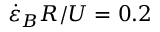
\dot { \varepsilon } _ { B } R / U = 0 . 2